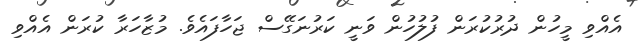
އެއްވި މީހުން ދުރުކުރަން ފުލުހުން ވަނީ ކަރުނަގޭސް ޖަހާފައެވެ. މުޒާހަރާ ކުރަން އެއްވި